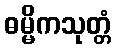
ဓမ္မိကသုတ္တံ